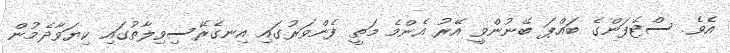
އެވެ. ސްޓެފަންގެ ބައްޕަ ބޭނުންވީ އޭރު އެންމެ މަތީ ފެންވަރުގައި އިނގެރޭސިވިލާތުގައި ކިޔަވާދެމުން